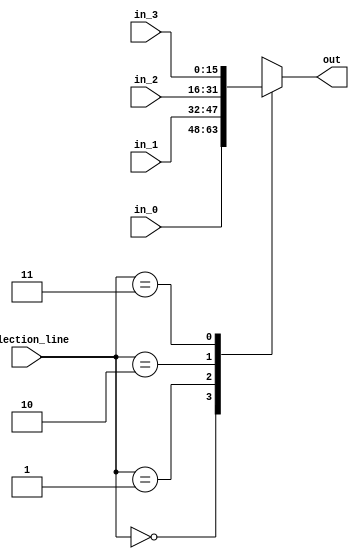
/* Description : This Verilog file constructs a 4x1 MUX */

module MUX_4_1 #(parameter BITS = 16 )(
    input wire [BITS-1:0] in_0,
    input wire [BITS-1:0] in_1,
    input wire [BITS-1:0] in_2,
    input wire [BITS-1:0] in_3,
    input wire [1:0] selection_line,
    output reg [BITS-1:0] out
);

always @(*)
begin
    case(selection_line)
        2'b00: out = in_0;
        2'b01: out = in_1;
        2'b10: out = in_2;
        2'b11: out = in_3;
        default: out = 0;
    endcase
end

endmodule